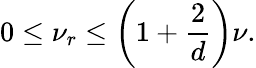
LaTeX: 0\leq\nu_{r}\leq\left(1+\frac{2}{d}\right)\nu.